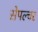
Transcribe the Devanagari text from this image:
सेपल्चर